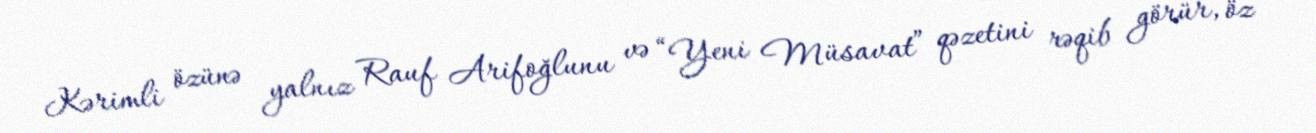
Kərimli özünə yalnız Rauf Arifoğlunu və “Yeni Müsavat” qəzetini rəqib görür, öz